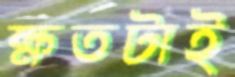
ক্ষতটাই